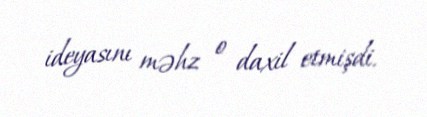
ideyasını məhz o daxil etmişdi.